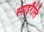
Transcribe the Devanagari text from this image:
स्पाइरैलि